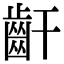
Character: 𪗙